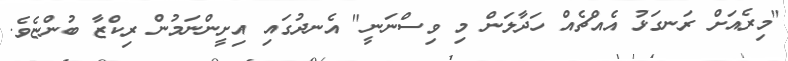
"މިރެއަށް ރަނގަޅު އެއްޗެއް ހަދާލަން މި ވިސްނަނީ" އެނދުގައި އިށީންނަމުން ރިކްޒާ ބުންޏެވެ.